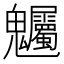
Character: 𮫫